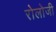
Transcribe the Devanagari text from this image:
रोलोजी